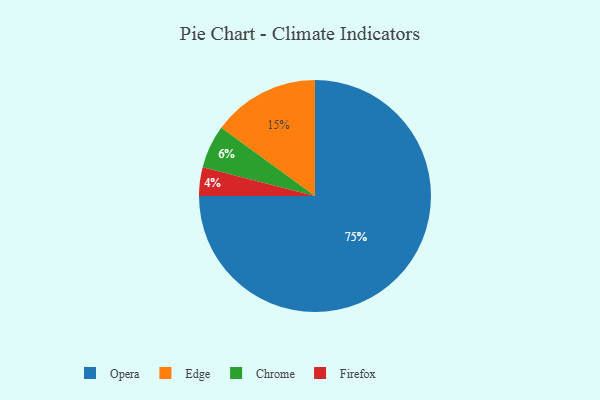
{"axis": {"x": "Category", "y": "Percentage"}, "legend": ["Chrome", "Edge", "Firefox", "Opera"], "data": [{"x": "Opera", "y": 75, "type": "Opera"}, {"x": "Chrome", "y": 6, "type": "Chrome"}, {"x": "Edge", "y": 15, "type": "Edge"}, {"x": "Firefox", "y": 4, "type": "Firefox"}]}